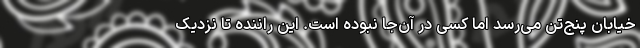
خیابان پنج‌تن می‌رسد اما کسی در آن‌جا نبوده است. این راننده تا نزدیک